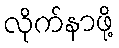
လိုက်နာဖို့